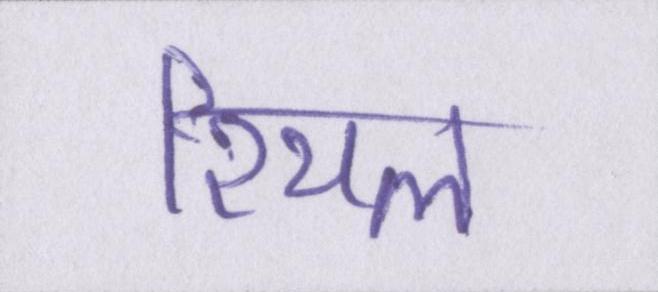
रियल